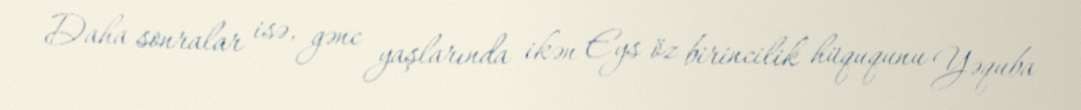
Daha sonralar isə, gənc yaşlarında ikən Eys öz birincilik hüququnu Yəquba